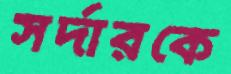
সর্দারকে